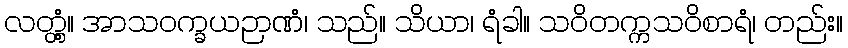
လတ္တံ့။ အာသဝက္ခယဉာဏံ၊ သည်။ သိယာ၊ ရံခါ။ သဝိတက္ကသဝိစာရံ၊ တည်း။